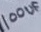
Text: 100UF